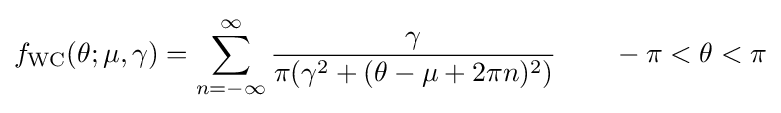
f_{\text{WC}}(\theta ;\mu ,\gamma )=\sum _{n=-\infty }^{\infty }{\frac {\gamma }{\pi (\gamma ^{2}+(\theta -\mu +2\pi n)^{2})}}\qquad -\pi <\theta <\pi